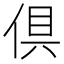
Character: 倶